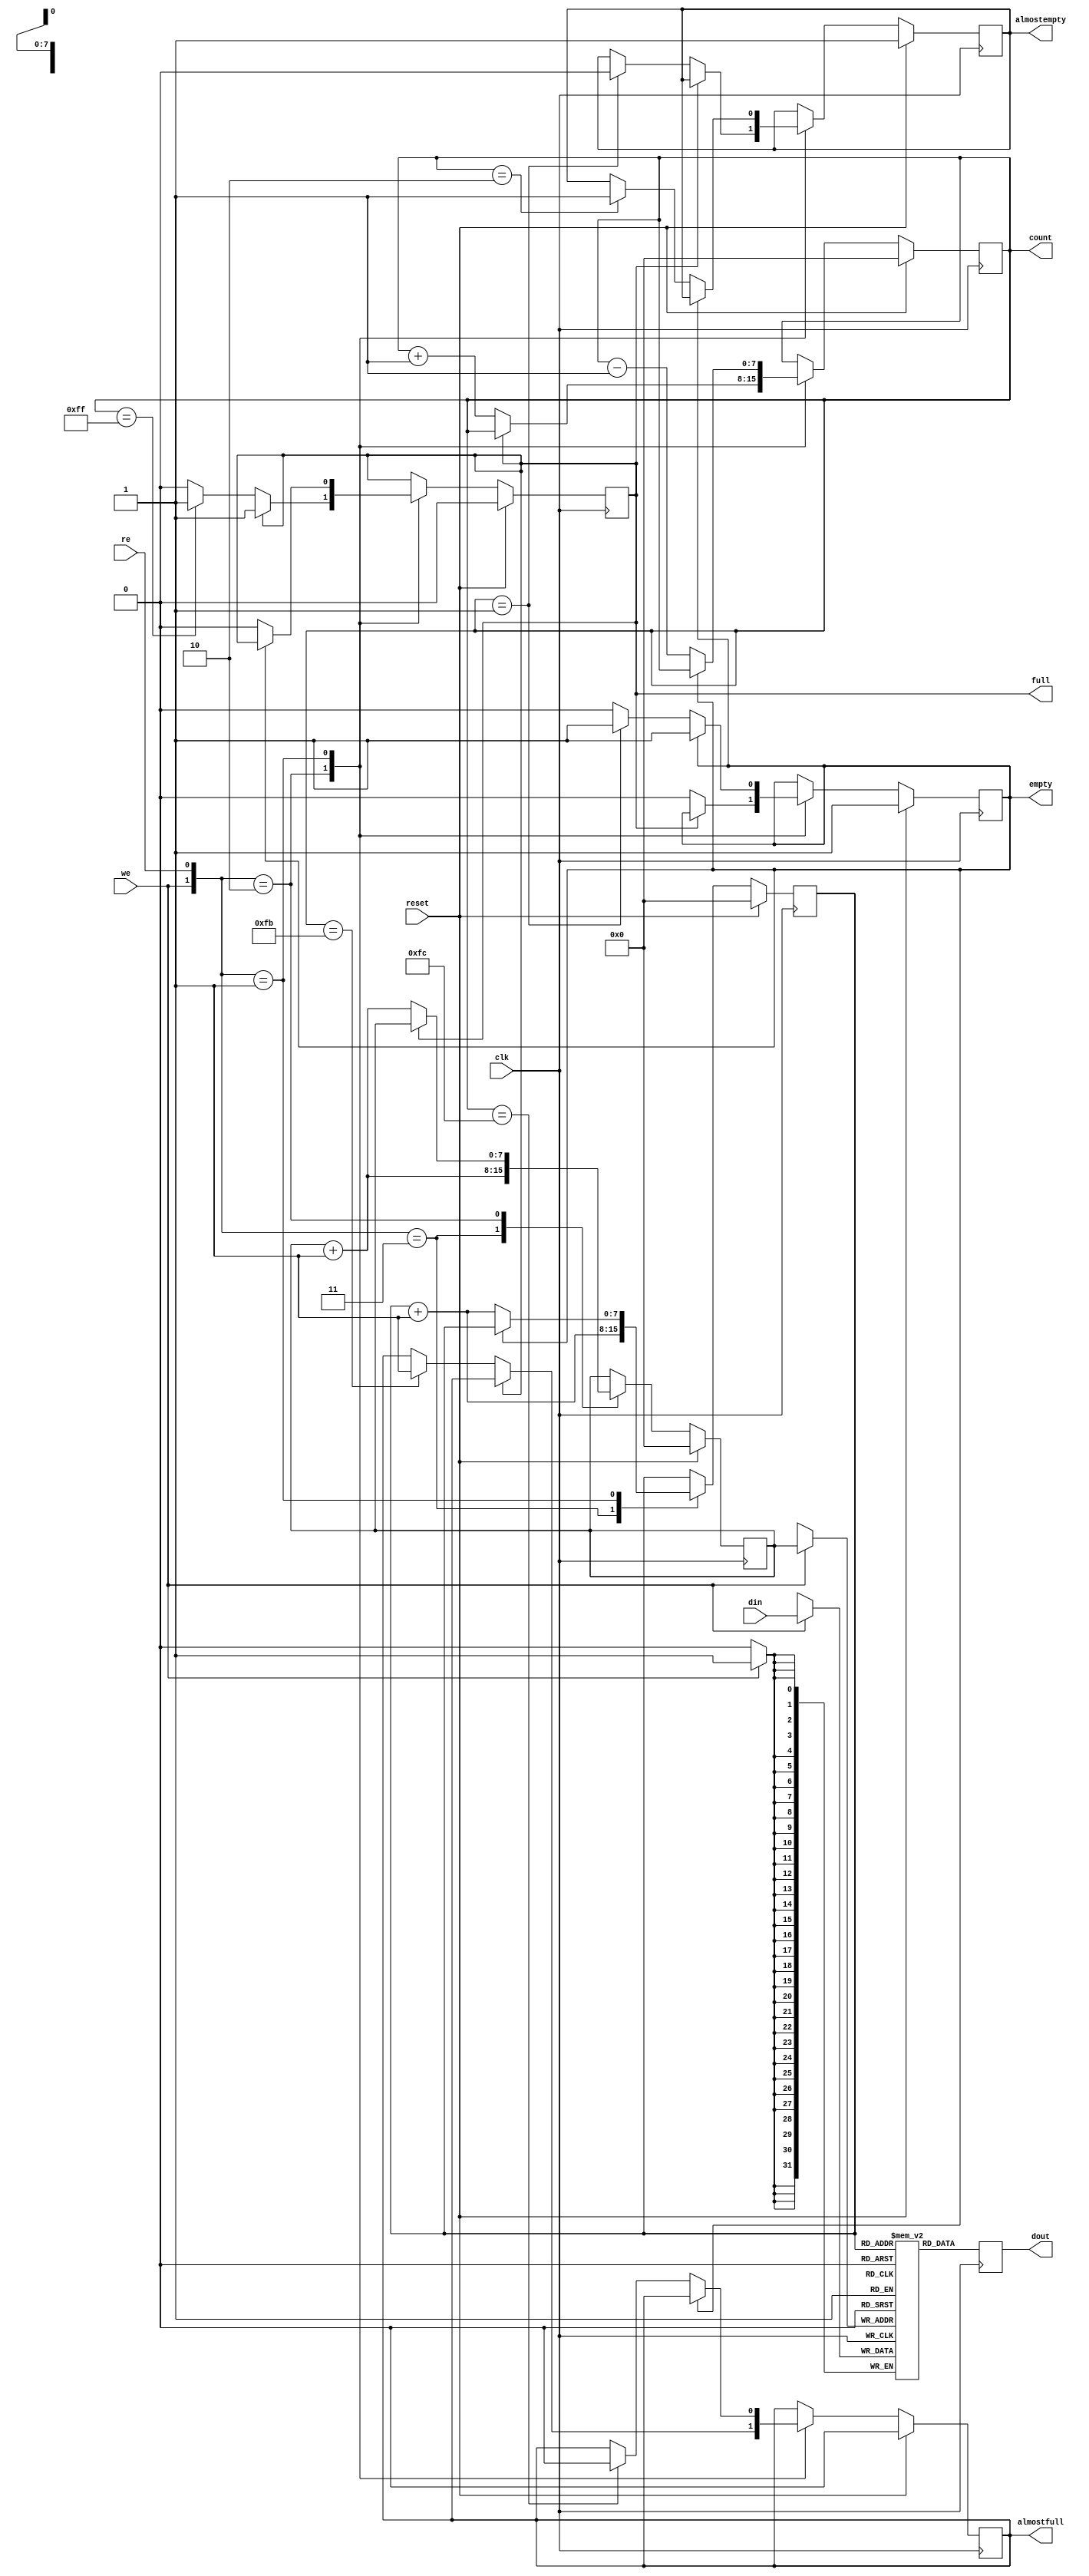
// Copyright (c) 2013-2015, Intel Corporation
//
// Redistribution and use in source and binary forms, with or without
// modification, are permitted provided that the following conditions are met:
//
// * Redistributions of source code must retain the above copyright notice,
// this list of conditions and the following disclaimer.
// * Redistributions in binary form must reproduce the above copyright notice,
// this list of conditions and the following disclaimer in the documentation
// and/or other materials provided with the distribution.
// * Neither the name of Intel Corporation nor the names of its contributors
// may be used to endorse or promote products derived from this software
// without specific prior written permission.
//
// THIS SOFTWARE IS PROVIDED BY THE COPYRIGHT HOLDERS AND CONTRIBUTORS "AS IS"
// AND ANY EXPRESS OR IMPLIED WARRANTIES, INCLUDING, BUT NOT LIMITED TO, THE
// IMPLIED WARRANTIES OF MERCHANTABILITY AND FITNESS FOR A PARTICULAR PURPOSE
// ARE DISCLAIMED. IN NO EVENT SHALL THE COPYRIGHT OWNER OR CONTRIBUTORS BE
// LIABLE FOR ANY DIRECT, INDIRECT, INCIDENTAL, SPECIAL, EXEMPLARY, OR
// CONSEQUENTIAL DAMAGES (INCLUDING, BUT NOT LIMITED TO, PROCUREMENT OF
// SUBSTITUTE GOODS OR SERVICES; LOSS OF USE, DATA, OR PROFITS; OR BUSINESS
// INTERRUPTION) HOWEVER CAUSED AND ON ANY THEORY OF LIABILITY, WHETHER IN
// CONTRACT, STRICT LIABILITY, OR TORT (INCLUDING NEGLIGENCE OR OTHERWISE)
// ARISING IN ANY WAY OUT OF THE USE OF THIS SOFTWARE, EVEN IF ADVISED OF THE
// POSSIBILITY OF SUCH DAMAGE.


module syn_read_fifo #(
    parameter FIFO_WIDTH = 32,
    parameter FIFO_DEPTH_BITS = 8,
    parameter FIFO_ALMOSTFULL_THRESHOLD = 2**FIFO_DEPTH_BITS - 4,
    parameter FIFO_ALMOSTEMPTY_THRESHOLD = 2
) (
    input  wire                         clk,
    input  wire                         reset,
    
    input  wire                         we,              // input   write enable
    input  wire [FIFO_WIDTH - 1:0]      din,            // input   write data with configurable width
    input  wire                         re,              // input   read enable
    
    output reg  [FIFO_WIDTH - 1:0]      dout,            // output  read data with configurable width    
    output reg  [FIFO_DEPTH_BITS - 1:0] count,              // output  FIFOcount
    output reg                          empty,              // output  FIFO empty
    output reg                          almostempty,              // output  FIFO almost empty
    output reg                          full,               // output  FIFO full                
    output reg                          almostfull         // output  configurable programmable full/ almost full    
);

    // synthesis translate_off
    reg                                 valid;
    reg                                 overflow;
    reg                                 underflow;
    // synthesis translate_on
    
    
    reg  [FIFO_DEPTH_BITS - 1:0]        rp;
    reg  [FIFO_DEPTH_BITS - 1:0]        wp;

`ifdef VENDOR_XILINX    
    (* ram_extract = "yes", ram_style = "block" *)
    reg  [FIFO_WIDTH - 1:0]         mem[2**FIFO_DEPTH_BITS-1:0];
`else
    reg  [FIFO_WIDTH - 1:0]         mem[2**FIFO_DEPTH_BITS-1:0];
`endif
        
        
    always @(posedge clk) begin
        if (reset) begin
            empty <= 1'b1;
            almostempty <= 1'b1;
            full <= 1'b0;
            almostfull <= 1'b0;
            count <= 0;            
            rp <= 0;
            wp <= 0;
            
            // synthesis translate_off
            valid <= 1'b0;
            overflow <= 1'b0;
            underflow <= 1'b0;            
            // synthesis translate_on
        end
        
        else begin
            // synthesis translate_off
            valid <= 0;
            // synthesis translate_on
             
            case ({we, re})
                // write and read at same time
                2'b11 : begin
                    wp <= wp + 1'b1;
//                    mem[wp] <= din;
                    
                    rp <= rp + 1'b1;
//                    dout <= mem[rp];
                    
                    // synthesis translate_off
                    valid <= 1;
                    //assert (wp != rp) else $fatal("simultaneous read and write to FIFO");
                    // synthesis translate_on
                end
                
                // write only
                2'b10 : begin
                    if (full) begin                                                
                        // synthesis translate_off
                        overflow <= 1;
                        //assert(~full) else $fatal("overflow!");
                        // synthesis translate_on                    
                    end
                    
                    else begin
                        wp <= wp + 1'b1;
//                        mem[wp] <= din;
                        count <= count + 1'b1;

                        empty <= 1'b0;

                        if (count == (FIFO_ALMOSTEMPTY_THRESHOLD-1))
                            almostempty <= 1'b0;
                            
                        if (count == (2**FIFO_DEPTH_BITS-1))
                            full <= 1'b1;

                        if (count == (FIFO_ALMOSTFULL_THRESHOLD-1))
                            almostfull <= 1'b1;
                    end
                end
                
                // read only
                2'b01 : begin
                    if (empty) begin                                               
                        // synthesis translate_off
                        underflow <= 1;
                        //assert (!empty) else $fatal("underflow!");
                        // synthesis translate_on
                    end
                    
                    else begin
                        rp <= rp + 1'b1;
//                        dout <= mem[rp];
                        count <= count - 1'b1;                    
                        full <= 0;
                    
                        if (count == FIFO_ALMOSTFULL_THRESHOLD)
                            almostfull <= 1'b0;
                                            
                        if (count == 1)
                            empty <= 1'b1;
                            
                        if (count == FIFO_ALMOSTEMPTY_THRESHOLD)
                            almostempty <= 1'b1;
                        
                        // synthesis translate_off    
                        valid <= 1;  
                        // synthesis translate_on                         
                    end 
                end
                
                default : begin

                end
            endcase
        end
    end


    always @(posedge clk) begin
        if (we == 1'b1)
            mem[wp] <= din;

        dout <= mem[rp];
    end
    
endmodule